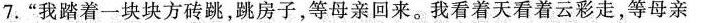
7.”我踏着一块块方砖跳，跳房子，等母亲回来。我看着天看着云彩走，等母亲